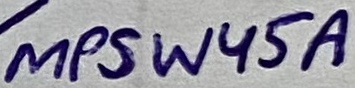
Text: MPSW45A